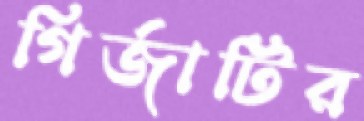
গির্জাটির